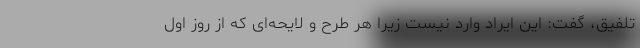
تلفیق، گفت: این ایراد وارد نیست زیرا هر طرح و لایحه‌ای که از روز اول